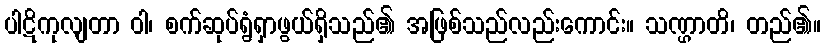
ပါဋိကုလျတာ ဝါ၊ စက်ဆုပ်ရွံရှာဖွယ်ရှိသည်၏ အဖြစ်သည်လည်းကောင်း။ သဏ္ဌာတိ၊ တည်၏။